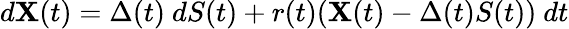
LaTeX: d\mathbf{X}(t)=\Delta(t)\ dS(t)+r(t)(\mathbf{X}(t)-\Delta(t)S(t))\ dt